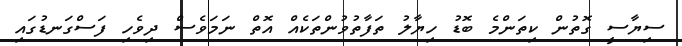
ސިޔާސީ ގޮތުން ކިތަންމެ ބޮޑު ހިޔާލު ތަފާތުވުންތަކެއް އޮތް ނަމަވެސް ދިވެހި ފަސްގަނޑުގައި